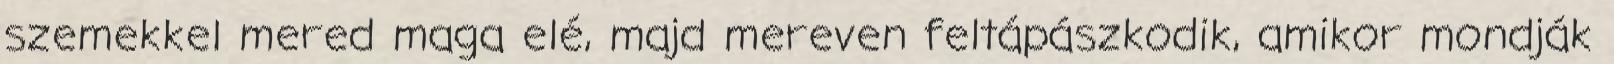
szemekkel mered maga elé, majd mereven feltápászkodik, amikor mondják